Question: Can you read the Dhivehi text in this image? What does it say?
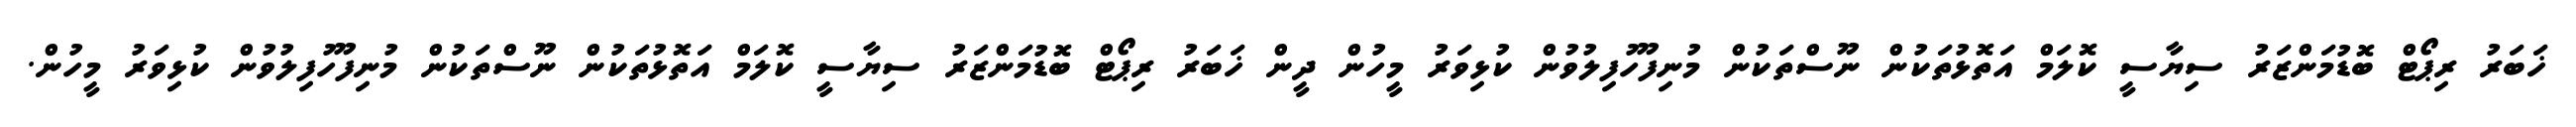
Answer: ޚަބަރު ރިޕޯޓް ބޮޑުމަންޒަރު ސިޔާސީ ކޮލަމް އަތޮޅުތަކުން ނޫސްތަކުން މުނިފޫހުފިލުވުން ކުޅިވަރު މީހުން ދީން ޚަބަރު ރިޕޯޓް ބޮޑުމަންޒަރު ސިޔާސީ ކޮލަމް އަތޮޅުތަކުން ނޫސްތަކުން މުނިފޫހުފިލުވުން ކުޅިވަރު މީހުން.